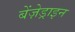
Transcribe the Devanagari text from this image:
बेंज़ेड्राइन